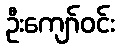
ဦးကျော်ဝင်း